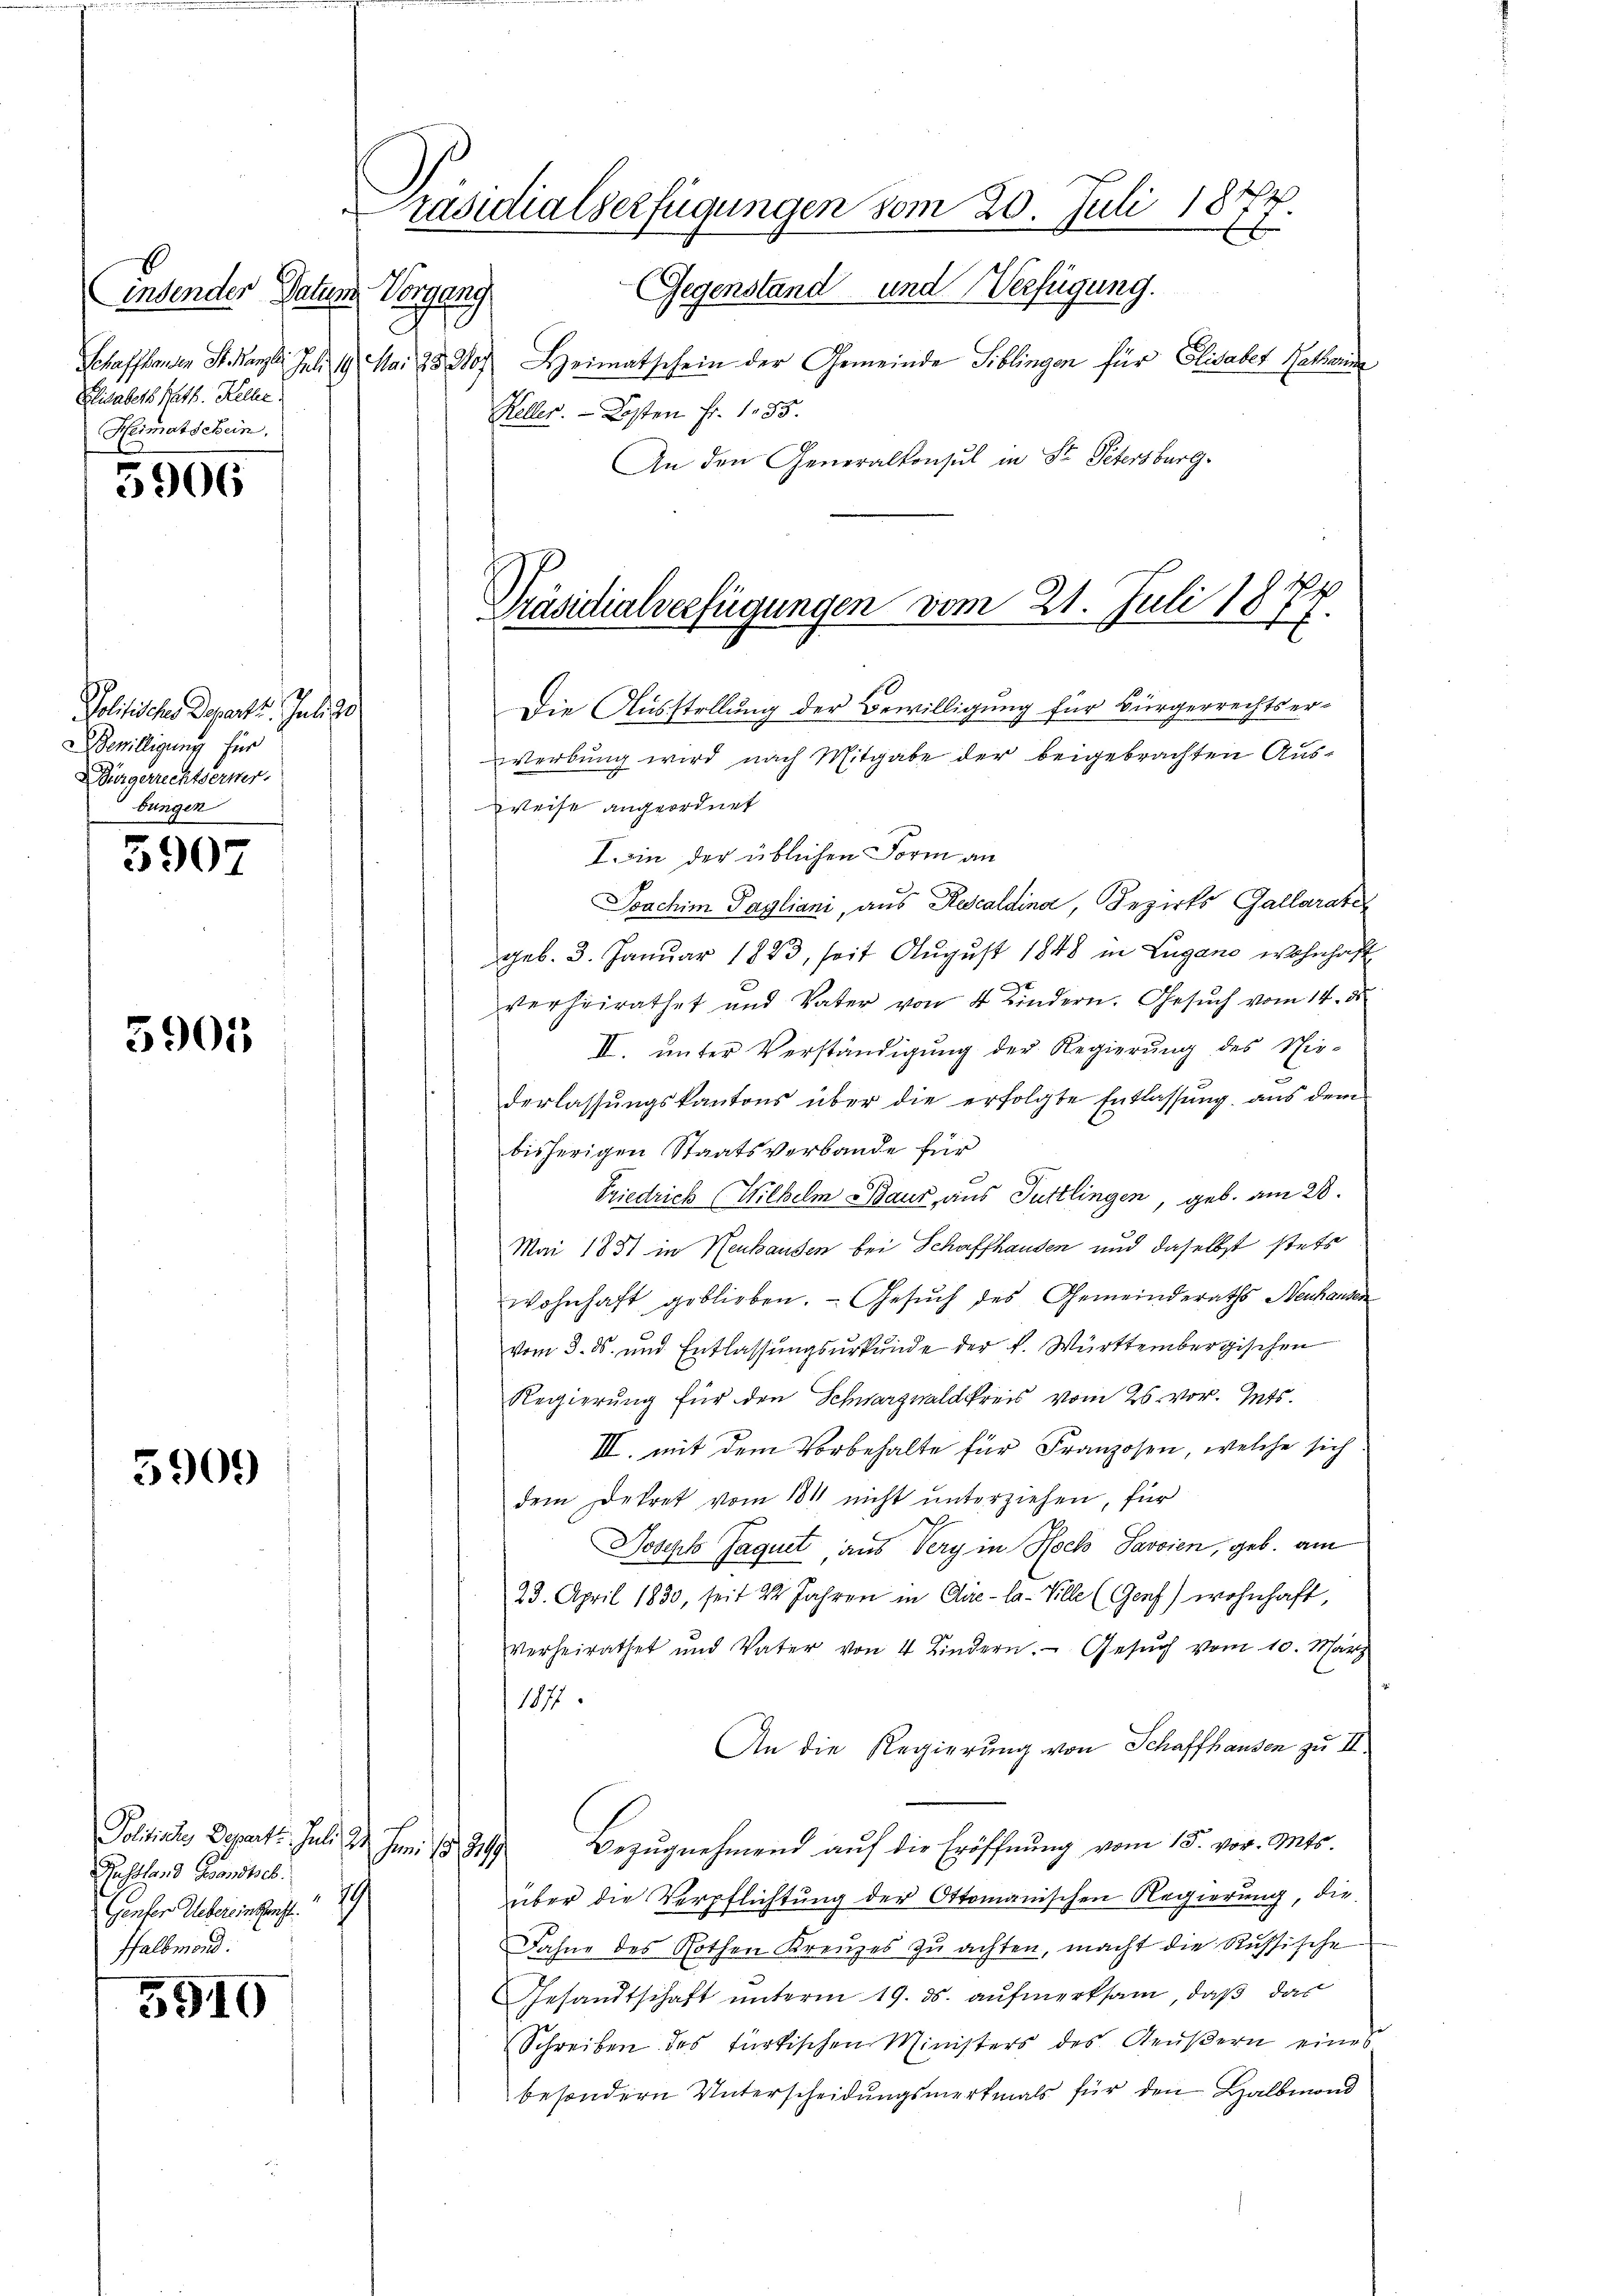
b
insender Datum
Elisabeth Rath. Kelle
Heimatschein,

5906

Politischer Departe. Juli ge
Bewilligung für
 Bürgerrechtserwerbungen

5907

5905

3909

5910

Schaffhausen St. Kanz. Juli 19 Mai 1830. Heimatschein der Gemeinde Siblingen für Elisabet Rathende
Keller. - Kosten Fr. 185.
An den Generalkonsul in St. Petersburg.
Die Ausstellung der Bewilligung für Bürgerrechtser¬
Werbung wird nach Mitgabe der beigebrachten Aus-
Weise angeordnet
I. in der üblichen Form an
Joachim Pagliani, aus Rescaldina, Bezirks Gallarate
geb. 3. Januar 1883, seit August 1848 in Lugano wohnhaft
verheirathet und Vater von 4 Kindern. Gesŭch vom 14. ds.
II. unter Verständigung der Regierung des Nie-
derlassungskantons über die erfolgte Entlassung aus dem
bisherigen Staatsverbande für
Friedrich (Wilhelm Baur, aus Tuttlingen, geb. am 28.
Mai 1851 in Neuhausen bei Schaffhausen und daselbst stets
wohnhaft geblieben. Gesŭch des Gemeinderaths Neuhausen
vom 3. ds. und Entlassungsurkunde der K. Württembergischen
Regierung für den Schwarzwaldkreis vom 26. vor. Mts.
III. mit dem Vorbehalte für Franzosen, welche sich
dem Dekret vom 181 nicht unterziehen, für
Joseph Jaquet, aus Very in Hoch Savoien, geb. am
23. April 1830, seit 22 Jahren in Clie-la-Ville (Genf) wohnhaft,
verheirathet und Vater von 4 Kindern. Gesŭch vom 10. März
1877.
An die Regierung von Schaffhausen zu II.
Politische Depart. Juli 24. Juni 1889. Bezŭgnehmend aŭf die Eröffnung vom 15. vor. Mts.
über die Verpflichtung der Ottomanischen Regierung, die
Fahne des Rothen Kreuzes zu achten, macht die Russische
Gesandtschaft unterm 19. ds. aufmerksam, daß das
Schreiben des türkischen Ministers des Aeŭβern eines
besondern Unterscheidungsmerkmals für den Halbmond

Russland Gesandtsch
Bunser Uebereinschaft.
ffalbmond.

Präsidialverfügungen vom 20. Juli 1877.
Vorgang Gegenstand und Verfügung.

Präsidialverfügungen vom 21. Juli 1874.